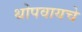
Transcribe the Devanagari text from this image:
थोपवायचे